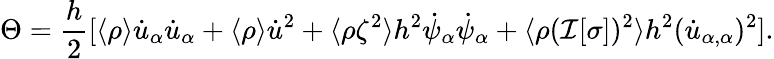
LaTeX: \Theta=\frac{h}{2}[\langle\rho\rangle\dot{u}_{\alpha}\dot{u}_{\alpha}+\langle\rho\rangle\dot{u}^{2}+\langle\rho\zeta^{2}\rangle h^{2}\dot{\psi}_{\alpha}\dot{\psi}_{\alpha}+\langle\rho(\mathcal{I}[\sigma])^{2}\rangle h^{2}(\dot{u}_{\alpha,\alpha})^{2}].